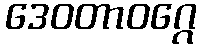
ဒေဝတာဝဂ္ဂေ